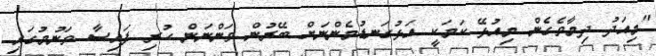
"މިއަދު ދިމާވެގެން މިއުޅޭ ކަމަކީ އަޅުގަނޑުމެންނަށް ބޭރުން ވަންނަން ހުރި ފައިސާ ވަނުމުގައި